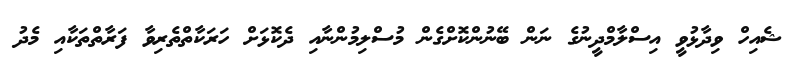
ޝެއިހް ވިދާޅުވީ އިސްލާމްދީނުގެ ނަން ބޭނުންކޮށްގެން މުސްލިމުންނާއި ދެކޮޅަށް ހަރަކާތްތެރިވާ ފަރާތްތަކާއި މެދު